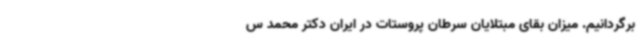
برگردانیم. میزان بقای مبتلایان سرطان پروستات در ایران دکتر محمد س